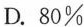
Zhang's experience is common nowadays.In the world，40%of parents learn about new technology，